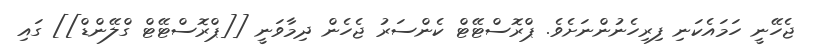
ޖެހޭނީ ހަމައެކަނި ފިރިހެނުންނަށެވެ. ޕްރޮސްޓޭޓް ކެންސަރު ޖެހެން ދިމާވަނީ [[ޕްރޮސްޓޭޓް ގްލޭންޑް]] ގައި